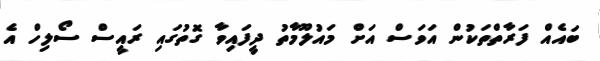
ބައެއް ފަރާތްތަކުން އަވަސް އަށް މައުލޫމާތު ދީފައިވާ ގޮތުގައި ރައީސް ސޯލިހް އެ